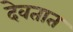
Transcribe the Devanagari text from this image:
देवतात